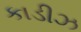
કાડીઝ